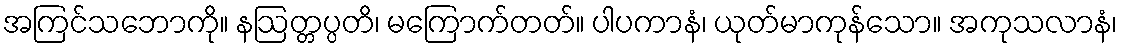
အကြင်သဘောကို။ နဩတ္တပ္ပတိ၊ မကြောက်တတ်။ ပါပကာနံ၊ ယုတ်မာကုန်သော။ အကုသလာနံ၊